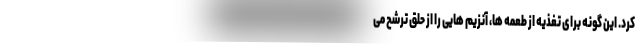
کرد. این گونه برای تغذیه از طعمه‌ ها، آنزیم‌ هایی را از حلق ترشح می